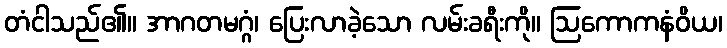
တံငါသည်၏။ အာဂတမဂ္ဂံ၊ ပြေးလာခဲ့သော လမ်းခရီးကို။ ဩကောကနံဝိယ၊